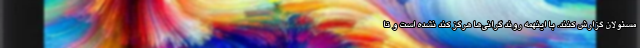
مسئولان گزارش کنند. با اینهمه روند گرانی‌ها هرگز کند نشده است و تا